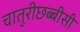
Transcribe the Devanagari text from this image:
चातुरीछब्बीसी